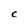
Character: c